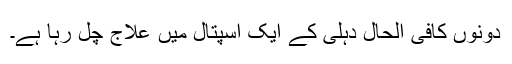
دونوں کافی الحال دہلی کے ایک اسپتال میں علاج چل رہا ہے۔